Indian journal of veterinary science and animal husbandry - Volumes 18-21, 1948-1951
Year: 1948
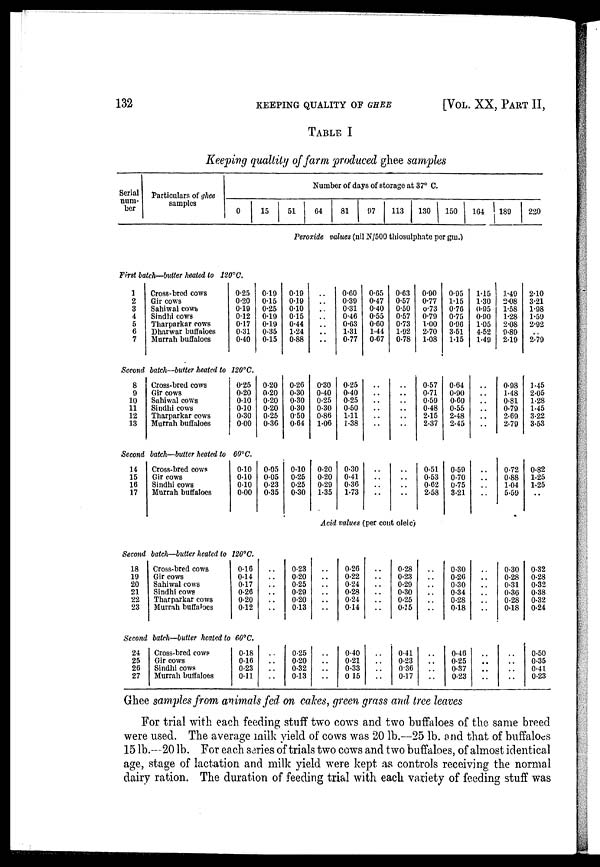
132
KEEPING QUALITY OF GHEE
[VOL. XX, PART II,
TABLE I
Keeping qualtity of farm produced ghee samples
Serial
num-
ber
Particulars of ghee
samples
0
First batch—butter heated to 120°C.
1
2
3
4
5
6
7
Cross-bred cows
Gir cows
Sahiwal cows
Sindhi cows
Tharparkar rows
Dharwar buffaloes
Murrah buffaloes
0.25
0.20
0.19
0.12
0.17
0.31
0.40
Second batch—butter heated to 120°C.
8
9
10
11
12
13
Cross-bred cows
Gir cows
Sahiwal cows
Sindhi cows
Tharparkar cows
Murrah buffaloes
0.25
0.20
0.10
0.10
0.30
0.00
Second batch—butter heated to 60°C.
14
15
16
17
Cross-bred cows
Gir cows
Sindhi cows
Murrah buffaloes
0.10
0.10
0.10
0.00
Second batch—butter heated to 120ºC.
18
19
20
21
22
23
Second
24
25
26
27
Cross-bred cows
Gir cows
Sahiwal cows
Sindhi cows
Tharparkar cows
Murrah buffaloes
batch—butter heated to
Cross-bred cows
Gir cows
Sindhi cows
Murrah buffaloes
0.16
0.14
0.17
0.26
0.20
0.12
60°C.
0.18
0.16
0.23
0.11
15
0.19
0.15
0.25
0.19
0.19
0.35
0.15
0.20
0.20
0.20
0.20
0.25
0.36
0.05
0.05
0.23
0.35
..
..
..
.. ..
..
..
..
..
..
51
Number of days of storage at 37° C.
64
81
97
113
130
150
Peroxide values (nil N/500 thiosulphate per gm.)
0.19
0.19
0.10
0.15
0.44
1.24
0.88
0.26
0.30
0.30
0.30
0.50
0.64
040
0.25
0.25
0.30
0.23
0.20
0.25
0.29
0.20
0.13
0.25
0.20
0.32
0.13
..
..
..
..
..
..
..
0.30
0.40
0.25
0.30
0.86
1.06
0.20
0.20
0.29
1.35
0.60
0.30
0.31
0.46
0.63
1.31
0.77
0.25
0.40
0.25
0.50
141
1.38
0.30
0.41
0.36
1.73
0.65
0.47
0.40
0.55
0.60
1.44
0.67
..
..
..
..
..
..
..
..
..
..
0.63
0.57
0.50
0.57
0.73
1.92
0.78
..
..
.. ..
..
..
..
..
..
..
Acid values (per cent oleic)
..
..
.. ..
..
..
..
..
.. ..
0.26
0.22
0.24
0.28
0.24
0.14
0.40
0.21
0.33
0.15
..
..
..
..
..
..
..
..
..
..
0.28
0.23
0.29
0.30
0.25
0.15
0.41
0.23
0.36
0.17
0.90
0.77
0.73
0.79
1.00
2.70
1.08
0.57
0.71
0.59
0.48
2.15
2.37
0.51
0.53
0.62
2.58
..
..
..
..
..
..
..
..
..
..
0.95
1.45
0.76
0.75
0.96
3.51
1.45
0.64
0.90
0.60
0.55
2.48
2.45
0.59
0.70
0.75
3.21
0.30
0.26
0.30
0.34
0.28
0.18
0.46
0.25
0.37
0.23
104
1.45
1.30
0.95
0.90
1.05
4.52
1.49
..
..
..
..
..
..
..
..
..
..
..
..
.. ..
..
..
..
..
..
..
189
1.49
2.08
1.58
1.28
2.08
9.89
2.49
0.98
1.48
0.81
0.79
2.69
2.79
0.72
0.88
1.04
5.59
0.30
0.28
0.31
0.36
0.28
0.18
..
..
..
..
220
2.10
3.21
1.98
1.59
2.92
.. 2.79
1.45
2.05
1.28
1.45
3.22
3.53
0.82
1.25
1.25
..
0.32
0.28
0.32
0.38
0.32
0.24
0.50
0.35
0.41
0.23
Ghee samples from animals fed on cakes, green grass and tree leaves
For trial with each feeding stuff two cows and two buffaloes of the same breed
were used. The average milk yield of cows was 20 lb.—25 lb. and that of buffaloes
15 lb.—20 lb. For each series of trials two cows and two buffaloes, of almost identical
age, stage of lactation and milk yield were kept as controls receiving the normal
dairy ration. The duration of feeding trial with each variety of feeding stuff was